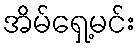
အိမ်ရှေ့မင်း